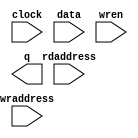
module DAS_RF (
	clock,
	data,
	rdaddress,
	wraddress,
	wren,
	q);
	input	  clock;
	input	[15:0]  data;
	input	[13:0]  rdaddress;
	input	[13:0]  wraddress;
	input	  wren;
	output	[15:0]  q;
`ifndef ALTERA_RESERVED_QIS
// synopsys translate_off
`endif
	tri1	  wren;
`ifndef ALTERA_RESERVED_QIS
// synopsys translate_on
`endif
endmodule